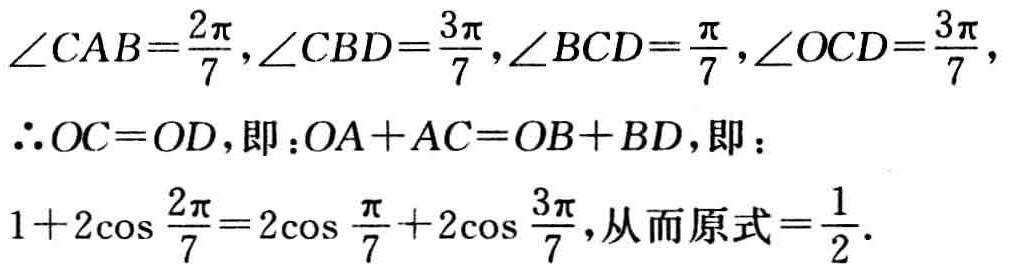
\(\angle CAB=\frac{2\pi}{7},\angle CBD=\frac{3\pi}{7},\angle BCD=\frac{\pi}{7},\angle OCD=\frac{3\pi}{7},\)
\(\therefore OC = OD\)，即：\(OA + AC = OB + BD\)，即：
\(1 + 2\cos\frac{2\pi}{7}=2\cos\frac{\pi}{7}+2\cos\frac{3\pi}{7}\)，从而原式\(=\frac{1}{2}\).